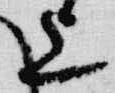
上